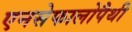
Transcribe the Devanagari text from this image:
एनसेफालोपैथी